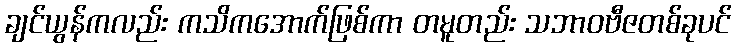
ချင်ယွန်ကလည်း ကသိကအောက်ဖြစ်ကာ တမူတည်း သဘာဝဗီဇတစ်ခုပင်